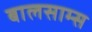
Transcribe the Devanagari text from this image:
बालसाम्स